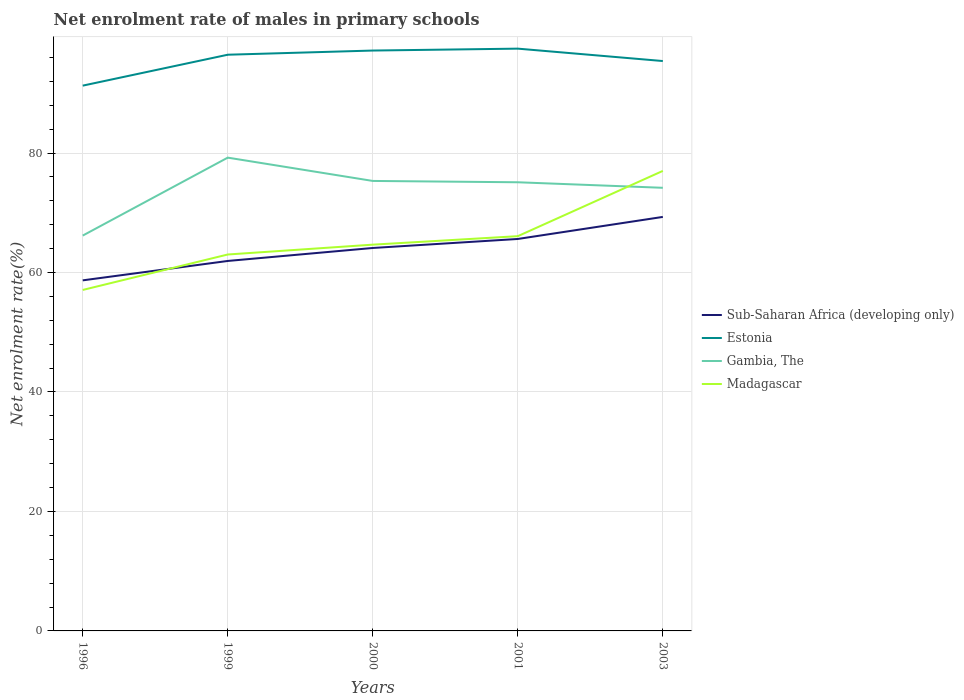
| Years | Sub-Saharan Africa (developing only) | Estonia | Gambia, The | Madagascar |
 | --- | --- | --- | --- | --- |
 | 1996 | 58.7 | 91.3 | 66.2 | 57.1 |
 | 1999 | 61.9 | 96.5 | 79.2 | 63 |
 | 2000 | 64.1 | 97.2 | 75.3 | 64.7 |
 | 2001 | 65.6 | 97.5 | 75.1 | 66.1 |
 | 2003 | 69.3 | 95.4 | 74.2 | 77 |